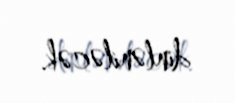
dinləniləcək.